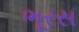
ભૂરસ